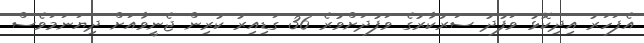
އެފަހަރު އިދިކޮޅު ވަފުދު ސަރުކާރުގެ ވަފުދަށްވުރެ 36 ގަޑިއިރު ކުރިން ޖެނީވާއަށް ދިޔަނަމަވެސް